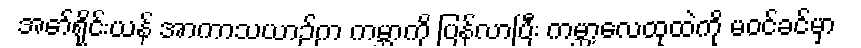
အော်ရိုင်းယန် အာကာသယာဉ်က ကမ္ဘာကို ပြန်လာပြီး ကမ္ဘာ့လေထုထဲကို မဝင်ခင်မှာ